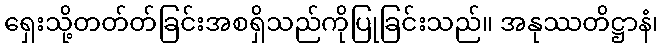
ရှေးသို့တတ်တ်ခြင်းအစရှိသည်ကိုပြုခြင်းသည်။ အနုဿတိဋ္ဌာနံ၊